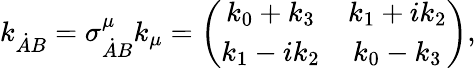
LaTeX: k_{\dot{A}B}=\sigma_{\dot{A}B}^{\mu}k_{\mu}=\left(\begin{array}{cc}{{k_{0}+k_{3}}}&{{k_{1}+ik_{2}}}\\ {{k_{1}-ik_{2}}}&{{k_{0}-k_{3}}}\end{array}\right),